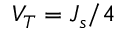
V _ { T } = J _ { s } / 4